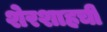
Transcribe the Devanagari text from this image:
शेरशाहची